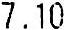
7.10